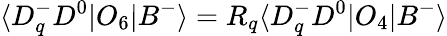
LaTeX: \langle D_{q}^{-}D^{0}|O_{6}|B^{-}\rangle=R_{q}\langle D_{q}^{-}D^{0}|O_{4}|B^{-}\rangle